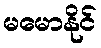
မမောနိုင်